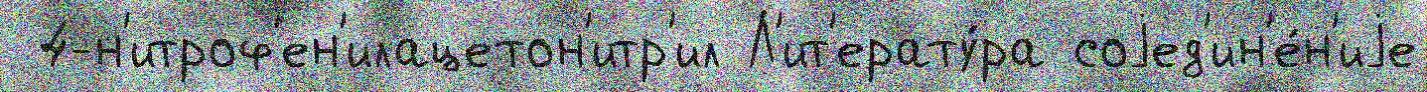
 4-н'итроф'ен'илацетон'итр'ил Л'ит'ерату́ра соjед'ин'е́н'иjе